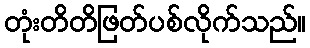
တုံးတိတိဖြတ်ပစ်လိုက်သည်။